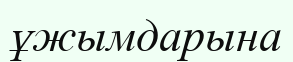
ұжымдарына